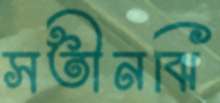
সতীনঝি